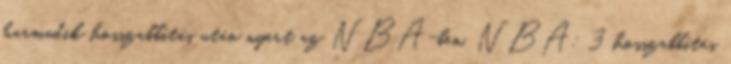
harmadik hosszabbítás után nyert az NBA-ben. NBA: 3 hosszabbítás